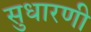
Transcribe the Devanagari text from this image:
सुधारणी